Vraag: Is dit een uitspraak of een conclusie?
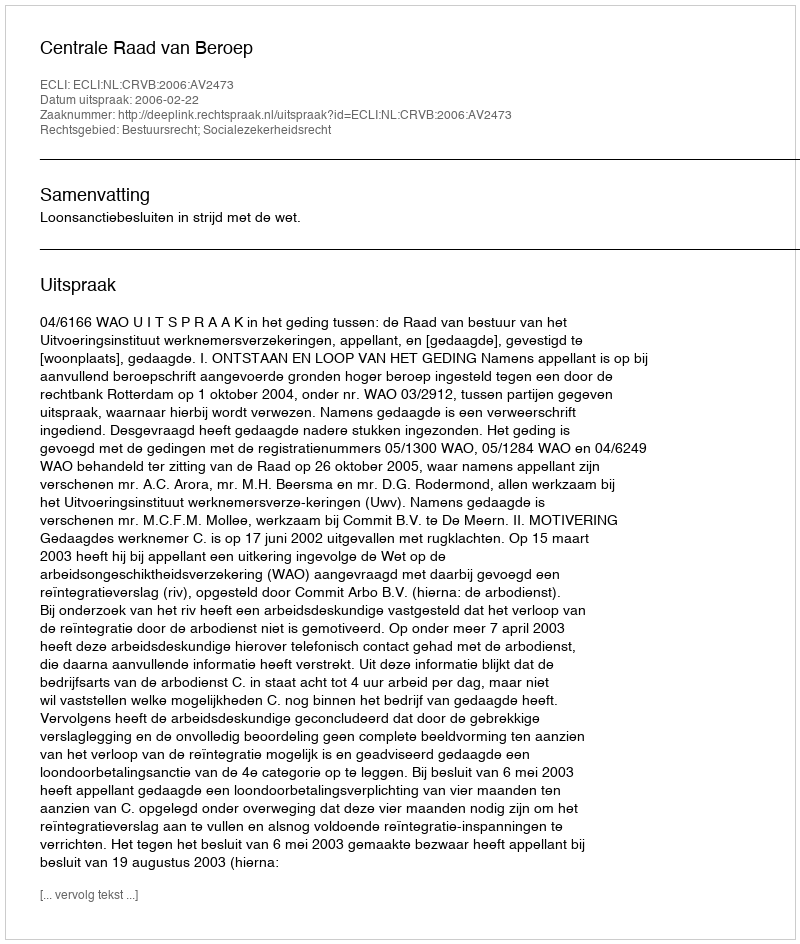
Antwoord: Uitspraak